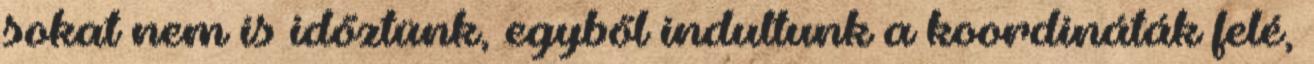
sokat nem is időztünk, egyből indultunk a koordináták felé,